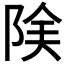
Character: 𨹩